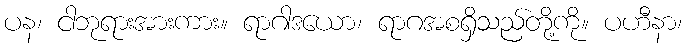
ပန၊ ငါဘုရားအားကား။ ရာဂါဒယော၊ ရာဂအစရှိသည်တို့ကို။ ပဟီနာ၊